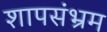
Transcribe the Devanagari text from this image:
शापसंभ्रम